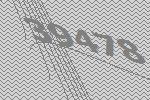
39478